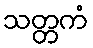
သတ္တကံ